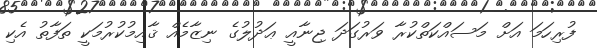
ފުރިހަމަ އަށް މަސައްކަތްކުރާ ވަރުގަދަ ޖިނާއީ ޢަދުލުގެ ނިޒާމެއް ޤާއިމުކުރުމަކީ ތަފާތު އެކި